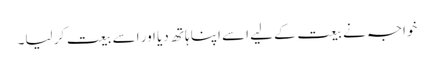
خواجہ نے بیعت کے لیے اسے اپنا ہاتھ دیا اور اسے بیعت کر لیا۔